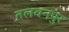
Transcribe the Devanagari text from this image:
तलवनपुर